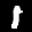
Label: 1